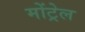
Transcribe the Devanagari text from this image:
मोंट्रेल